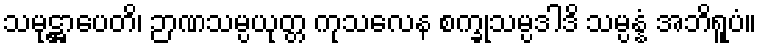
သမုဋ္ဌာပေတိ၊ ဉာဏသမ္ပယုတ္တ ကုသလေန စက္ခုသမ္ပဒါဒိ သမ္ပန္နံ အဘိရူပံ။